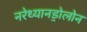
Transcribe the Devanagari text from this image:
नरेथ्यानड्रोलोन